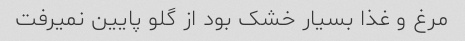
مرغ و غذا بسیار خشک بود از گلو پایین نمیرفت